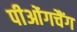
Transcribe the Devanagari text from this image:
पीओंगचैंग